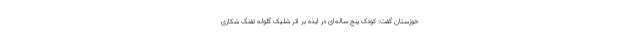
خوزستان گفت: کودک پنج ساله‌ای در ایذه بر اثر شلیک گلوله تفنگ شکاری